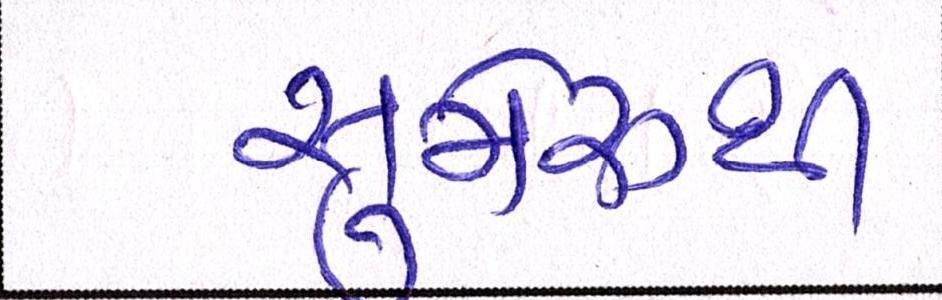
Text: સુમેરૂથી